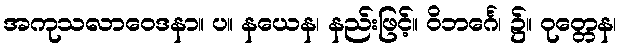
အကုသလာဝေဒနာ။ ပ။ နယေန၊ နည်းဖြင့်။ ဝိဘင်္ဂေ၊ ၌။ ဝုတ္တေန၊